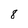
Character: 8